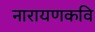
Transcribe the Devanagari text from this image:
नारायणकवि